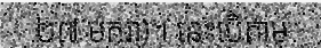
២៧ មករា)។ នេះបើតាម